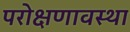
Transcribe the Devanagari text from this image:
परोक्षणावस्था